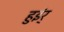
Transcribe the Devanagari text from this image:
हुइंर्